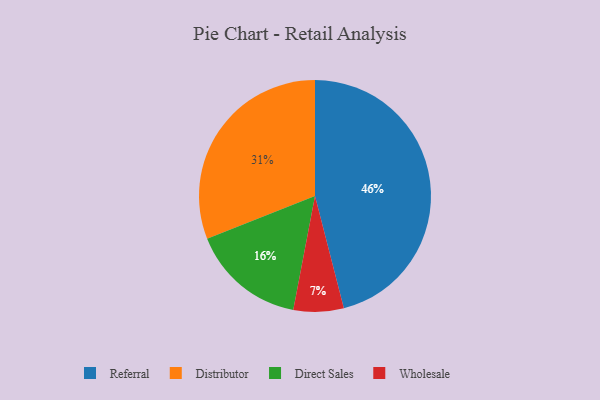
{"axis": {"x": "Category", "y": "Percentage"}, "legend": ["Direct Sales", "Distributor", "Referral", "Wholesale"], "data": [{"x": "Referral", "y": 46, "type": "Referral"}, {"x": "Direct Sales", "y": 16, "type": "Direct Sales"}, {"x": "Wholesale", "y": 7, "type": "Wholesale"}, {"x": "Distributor", "y": 31, "type": "Distributor"}]}